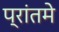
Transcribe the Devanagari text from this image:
प्रांतमे